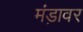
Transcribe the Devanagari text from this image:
मंड़ावर